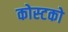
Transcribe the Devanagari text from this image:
कोस्‍टको